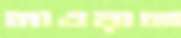
নাওয়াজ